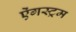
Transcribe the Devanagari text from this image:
ऐंगस्ट्रम